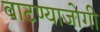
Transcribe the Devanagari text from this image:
वाटण्याजोगी